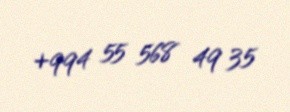
+994 55 568 49 35